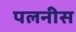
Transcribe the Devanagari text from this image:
पलनीस